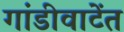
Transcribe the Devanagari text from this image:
गांडीवाटेंत